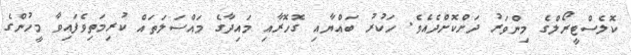
ކޮލެސްޓީރޯލްގެ މިންވަރު ދަށްކޮށްދެއެވެ. ހަކުރު ބައްޔާއި ގޮހޮރާއި މައިދާގެ މައްސަލަތައް ކުރިމަތިވެފައިވާ މީހުންގެ